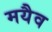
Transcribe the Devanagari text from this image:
मयैव